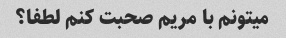
میتونم با مریم صحبت کنم لطفا؟